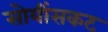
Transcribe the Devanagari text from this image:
सोयींसकट